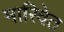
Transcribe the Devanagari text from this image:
मारिवेत